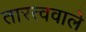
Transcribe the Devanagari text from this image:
तारत्ववाले